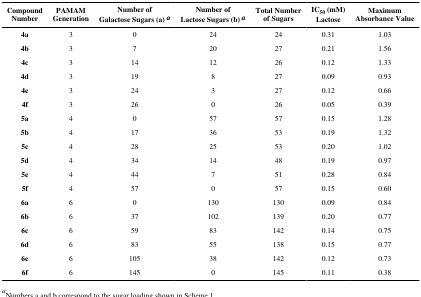
| Compound Number | PAMAM Generation | Number of Galactose Sugars (a) a | Number of Lactose Sugars (b) a | Total Number of Sugars | IC50 (mM) Lactose | Maximum Absorbance Value |
 | --- | --- | --- | --- | --- | --- | --- |
 | 4a | 3 | 0 | 24 | 24 | 0.31 | 1.03 |
 | 4b | 3 | 7 | 20 | 27 | 0.21 | 1.56 |
 | 4c | 3 | 14 | 12 | 26 | 0.12 | 1.33 |
 | 4d | 3 | 19 | 8 | 27 | 0.09 | 0.93 |
 | 4e | 3 | 24 | 3 | 27 | 0.12 | 0.66 |
 | 4f | 3 | 26 | 0 | 26 | 0.05 | 0.39 |
 | 5a | 4 | 0 | 57 | 57 | 0.15 | 1.28 |
 | 5b | 4 | 17 | 36 | 53 | 0.19 | 1.32 |
 | 5c | 4 | 28 | 25 | 53 | 0.20 | 1.02 |
 | 5d | 4 | 34 | 14 | 48 | 0.19 | 0.97 |
 | 5e | 4 | 44 | 7 | 51 | 0.28 | 0.84 |
 | 5f | 4 | 57 | 0 | 57 | 0.15 | 0.60 |
 | 6a | 6 | 0 | 130 | 130 | 0.09 | 0.84 |
 | 6b | 6 | 37 | 102 | 139 | 0.20 | 0.77 |
 | 6c | 6 | 59 | 83 | 142 | 0.14 | 0.75 |
 | 6d | 6 | 83 | 55 | 138 | 0.15 | 0.77 |
 | 6e | 6 | 105 | 38 | 142 | 0.12 | 0.73 |
 | 6f | 6 | 145 | 0 | 145 | 0.11 | 0.38 |